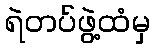
ရဲတပ်ဖွဲ့ထံမှ